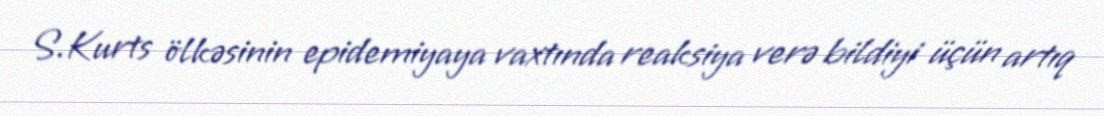
S.Kurts ölkəsinin epidemiyaya vaxtında reaksiya verə bildiyi üçün artıq